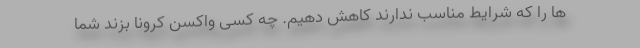
ها را که شرایط مناسب ندارند کاهش دهیم. چه کسی واکسن کرونا بزند شما